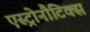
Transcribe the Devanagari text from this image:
एस्ट्रोनौटिक्स